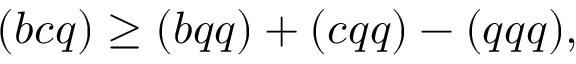
( b c q ) \ge ( b q q ) + ( c q q ) - ( q q q ) ,